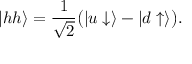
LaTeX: \left| { h h } \right\rangle = \frac { 1 } { \sqrt 2 } \bigl ( \left| { u \downarrow } \right\rangle - \left| { d \uparrow } \right\rangle \bigr ) .